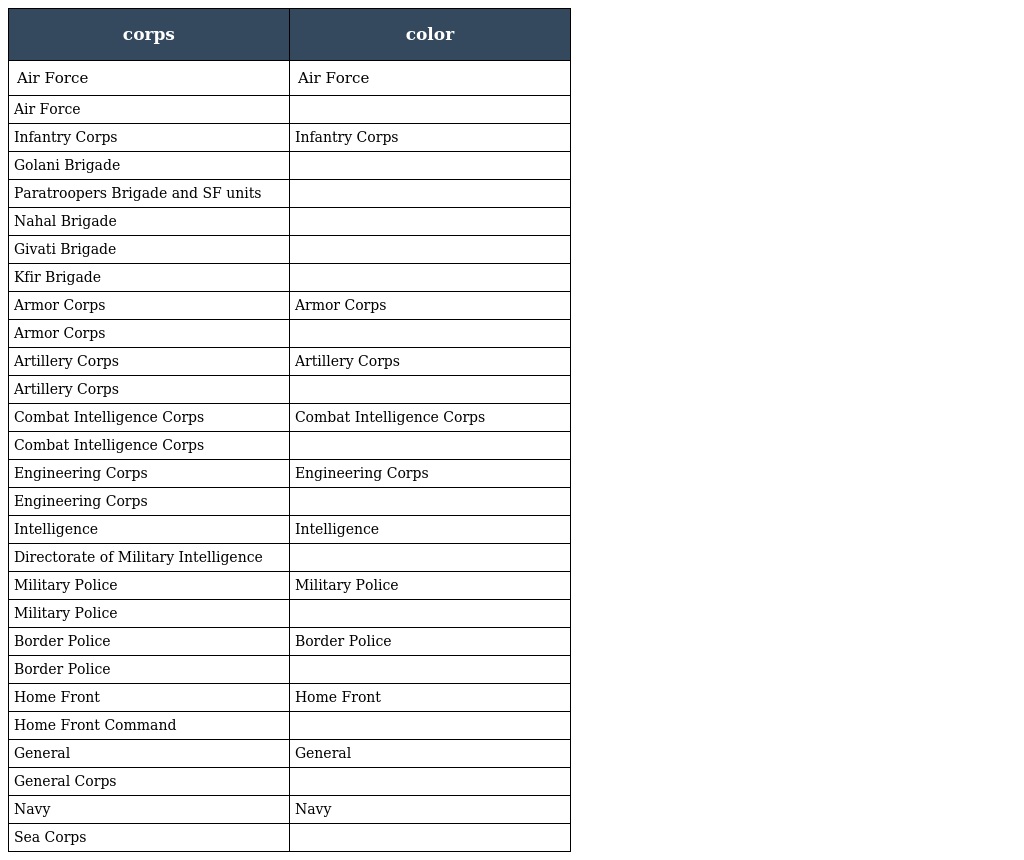
| corps | color |
 | --- | --- |
 | Air Force | Air Force |
 | Air Force |  |
 | Infantry Corps | Infantry Corps |
 | Golani Brigade |  |
 | Paratroopers Brigade and SF units |  |
 | Nahal Brigade |  |
 | Givati Brigade |  |
 | Kfir Brigade |  |
 | Armor Corps | Armor Corps |
 | Armor Corps |  |
 | Artillery Corps | Artillery Corps |
 | Artillery Corps |  |
 | Combat Intelligence Corps | Combat Intelligence Corps |
 | Combat Intelligence Corps |  |
 | Engineering Corps | Engineering Corps |
 | Engineering Corps |  |
 | Intelligence | Intelligence |
 | Directorate of Military Intelligence |  |
 | Military Police | Military Police |
 | Military Police |  |
 | Border Police | Border Police |
 | Border Police |  |
 | Home Front | Home Front |
 | Home Front Command |  |
 | General | General |
 | General Corps |  |
 | Navy | Navy |
 | Sea Corps |  |